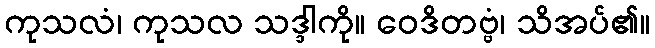
ကုသလံ၊ ကုသလ သဒ္ဒါကို။ ဝေဒိတဗ္ဗံ၊ သိအပ်၏။